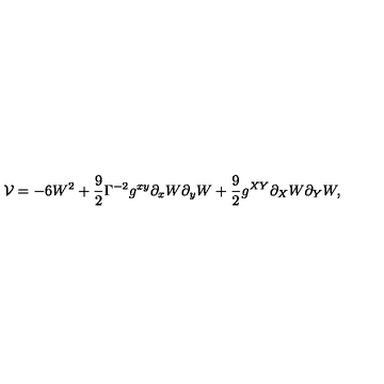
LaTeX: { \cal V } = - 6 W ^ { 2 } + \frac { 9 } { 2 } \Gamma ^ { - 2 } g ^ { x y } \partial _ { x } W \partial _ { y } W + \frac { 9 } { 2 } g ^ { X Y } \partial _ { X } W \partial _ { Y } W ,